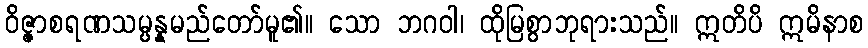
ဝိဇ္ဇာစရဏသမ္ပန္နမည်တော်မူ၏။ သော ဘဂဝါ၊ ထိုမြစွာဘုရားသည်။ ဣတိပိ ဣမိနာစ